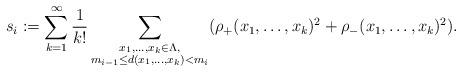
LaTeX: \begin{align*}s_i := \sum_{k=1}^\infty\frac{1}{k!}\sum_{\substack{x_1,\ldots,x_k\in \Lambda,\\ m_{i-1}\le d(x_1,\ldots,x_k)< m_i}}( \rho_+(x_1, \ldots,x_k)^2 + \rho_-(x_1, \ldots,x_k)^2).\end{align*}